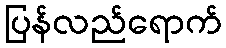
ပြန်လည်ရောက်